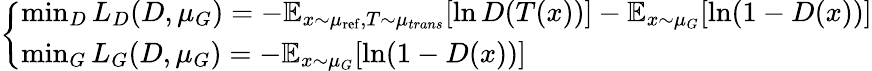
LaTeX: {\left\{ \begin{array}{ll}{\operatorname*{min}_{D}L_{D}(D,\mu_{G})=-\mathbb{E}_{x\sim\mu_{\mathrm{ref}},T\sim\mu_{trans}}[\ln D(T(x))]-\mathbb{E}_{x\sim\mu_{G}}[\ln(1-D(x))]}\\ {\operatorname*{min}_{G}L_{G}(D,\mu_{G})=-\mathbb{E}_{x\sim\mu_{G}}[\ln(1-D(x))]}\end{array}\right.}